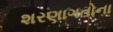
શરણાગતોના